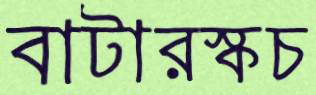
বাটারস্কচ